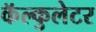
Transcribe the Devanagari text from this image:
कॅल्कुलेटर